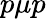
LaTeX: p\mu p